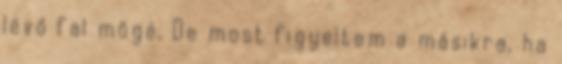
lévő fal mögé. De most figyeltem a másikra, ha